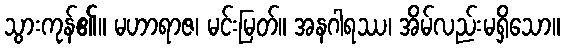
သွားကုန်၏။ မဟာရာဇ၊ မင်းမြတ်။ အနဂါရဿ၊ အိမ်လည်းမရှိသော။